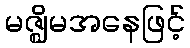
မဇ္ဈိမအနေဖြင့်